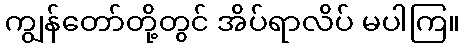
ကျွန်တော်တို့တွင် အိပ်ရာလိပ် မပါကြ။